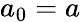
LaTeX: a_{0}=a